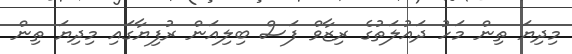
މިދިޔަ ތިން މަހު ދައުލަތުގެ ރިޒާވް ފަސް ބިލިއަން ރުފިޔާގައި މިދިޔަ ތިން